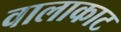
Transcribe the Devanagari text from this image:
वालाकाट